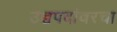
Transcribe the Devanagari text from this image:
उच्चपदांवरचा